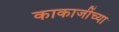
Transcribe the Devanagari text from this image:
काकाजींच्या